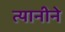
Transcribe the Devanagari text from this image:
त्यानीने